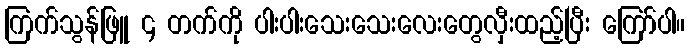
ကြက်သွန်ဖြူ ၄ တက်ကို ပါးပါးသေးသေးလေးတွေလှီးထည့်ပြီး ကြော်ပါ။